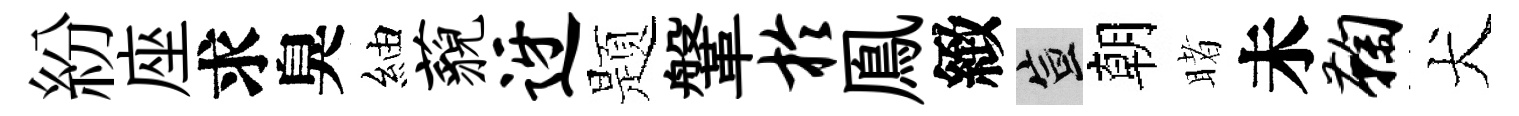
紛座求臭紬藐迓题鞶於鳯緻宣朝睹未鞠犬